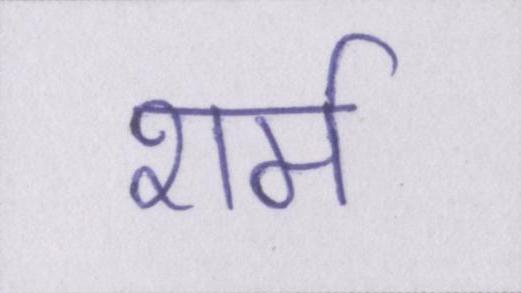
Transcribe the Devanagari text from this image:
शर्म